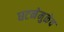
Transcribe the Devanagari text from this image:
घटनेमुळेच